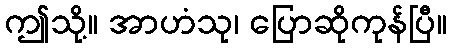
ဤသို့။ အာဟံသု၊ ပြောဆိုကုန်ပြီ။